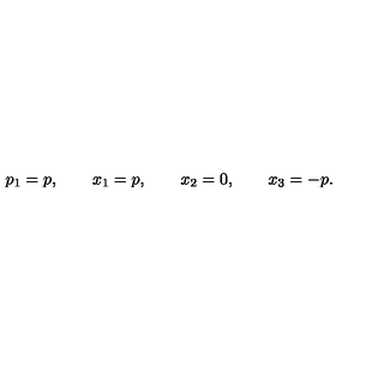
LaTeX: p _ { 1 } = p , \qquad x _ { 1 } = p , \qquad x _ { 2 } = 0 , \qquad x _ { 3 } = - p .